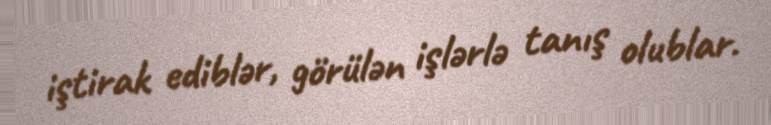
iştirak ediblər, görülən işlərlə tanış olublar.